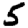
Digit: 5